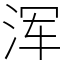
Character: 浑